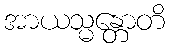
အာယသ္မန္တောတိ